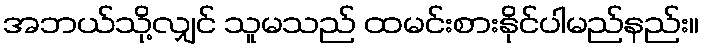
အဘယ်သို့လျှင် သူမသည် ထမင်းစားနိုင်ပါမည်နည်း။